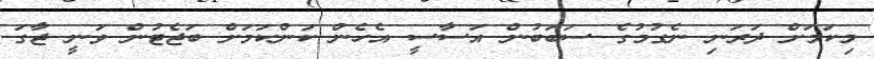
މިކަމަށް ދަރަނި ނެގުމުގެ ސަބަބުން އަސާސީ އެހެން ކަންކަމަށް ބަޖެޓުން ވަނީ ޖާގަ